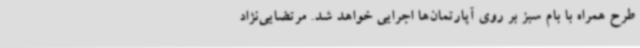
طرح همراه با بام سبز بر روی آپارتمان‌ها اجرایی خواهد شد. مرتضایی‌نژاد